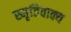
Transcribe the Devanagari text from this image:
स्मृतिवाक्य